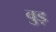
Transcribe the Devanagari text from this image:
वुड़